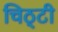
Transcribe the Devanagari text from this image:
चिठ्टी